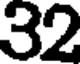
32